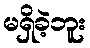
မရှိခဲ့ဘူး